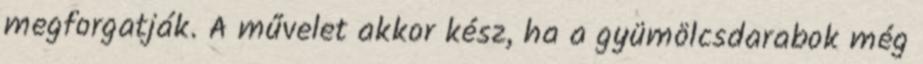
megforgatják. A művelet akkor kész, ha a gyümölcsdarabok még